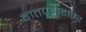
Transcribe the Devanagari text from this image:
वातप्रवाहावर